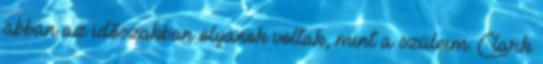
abban az idõszakban olyanok voltak, mint a szüleim. Clark